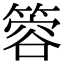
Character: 䈶